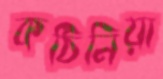
কঠিনিয়া